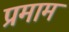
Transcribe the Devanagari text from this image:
प्रमाम